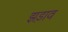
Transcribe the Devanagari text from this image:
झड़ाव